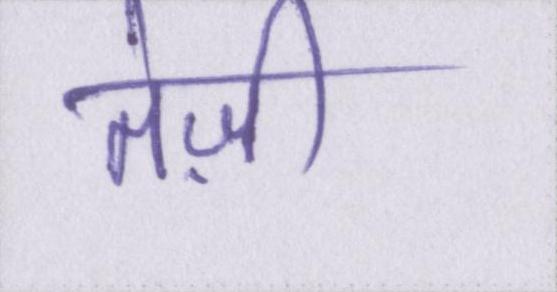
तेज़ी